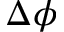
\Delta \phi